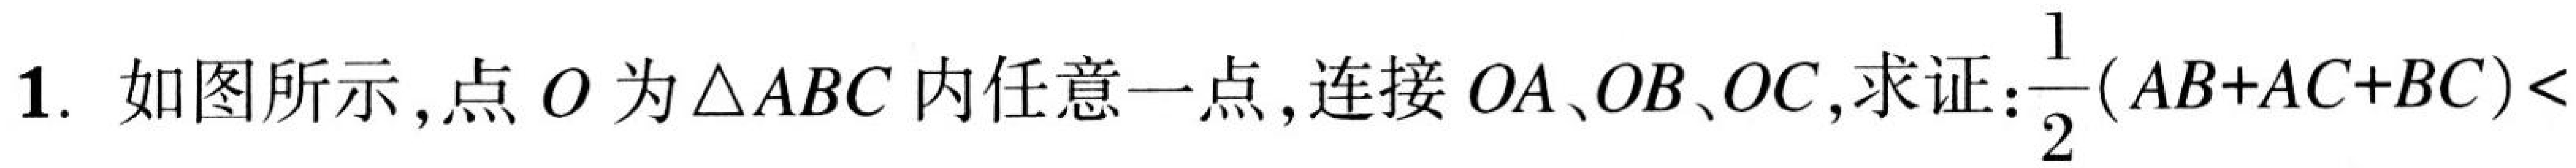
1. 如图所示，点\(O\)为\(\triangle ABC\)内任意一点，连接\(OA、OB、OC\)，求证：\(\frac{1}{2}(AB + AC + BC)<\)